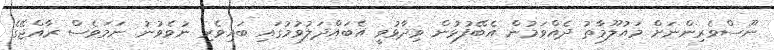
ނޫސްވެރިންނަށް މައުލޫމާތު ދެއްވަމުން އެބޭފުޅުން ވިދާޅުވީ އެބައްދަލުވުމުގައި ބައިވެރި ނުވެވުނު ނަމަވެސް ރާއްޖޭގެ